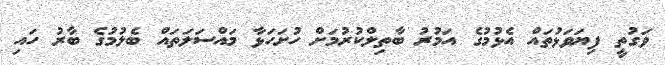
ވަގުތީ ފިޔަވަޅުތައް އެޅުމުގެ އަމުރު ބާތިލްކުރުމަށް ހުށަހަޅާ މައްސަލަތައް ބެލުމުގެ ބާރު ހައި